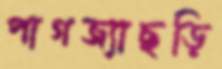
পাগজ্যাছড়ি